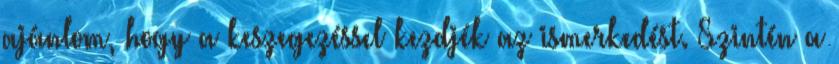
ajánlom, hogy a keszegezéssel kezdjék az ismerkedést. Szintén a